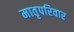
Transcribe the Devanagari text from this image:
मातृपरिवार